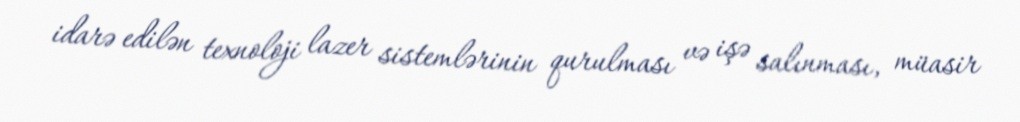
idarə edilən texnoloji lazer sistemlərinin qurulması və işə salınması, müasir